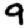
Digit: 9